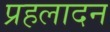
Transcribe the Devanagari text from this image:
प्रहलादन